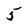
Character: 5